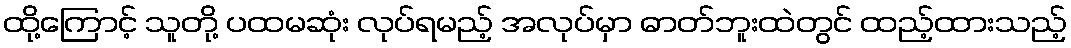
ထို့ကြောင့် သူတို့ ပထမဆုံး လုပ်ရမည့် အလုပ်မှာ ဓာတ်ဘူးထဲတွင် ထည့်ထားသည့်